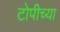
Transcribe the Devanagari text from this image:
टोपीच्या